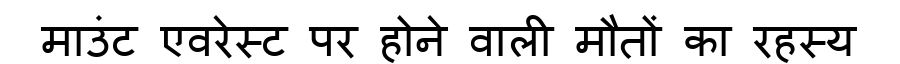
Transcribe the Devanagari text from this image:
माउंट एवरेस्ट पर होने वाली मौतों का रहस्य